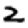
Digit: 2